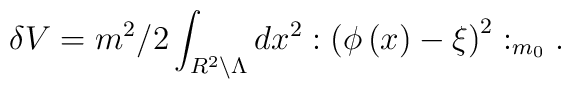
\delta V=m^{2}/2\int_{R^{2}\backslash \Lambda }dx^{2}:\left( \phi \left(x\right) -\xi \right) ^{2}:_{m_{0}}.